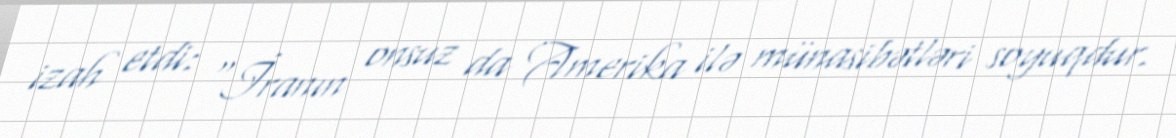
izah etdi: “İranın onsuz da Amerika ilə münasibətləri soyuqdur.